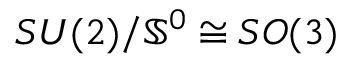
S U ( 2 ) / { { \mathbb S } ^ { 0 } } \cong S O ( 3 )